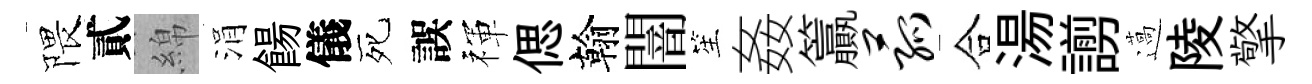
隈貳綿涓餳儀死誤禈偲翰闇笙姦籯菰合湯謭薖陵擎